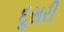
દૂસરી